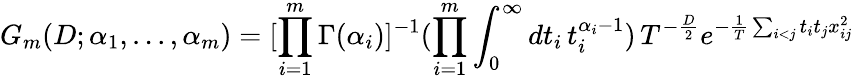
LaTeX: G_{m}(D;\alpha_{1},...,\alpha_{m})=[\prod_{i=1}^{m}\Gamma(\alpha_{i})]^{-1}(\prod_{i=1}^{m}\int_{0}^{\infty}dt_{i}\, t_{i}^{\alpha_{i}-1})\, T^{-\frac{D}{2}}e^{-\frac{1}{T}\sum_{i<j}t_{i}t_{j}x_{ij}^{2}}